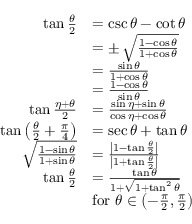
{ \begin{array} { r l } { \tan { \frac { \theta } { 2 } } } & { = \csc \theta - \cot \theta } \\ & { = \pm \, { \sqrt { \frac { 1 - \cos \theta } { 1 + \cos \theta } } } } \\ & { = { \frac { \sin \theta } { 1 + \cos \theta } } } \\ & { = { \frac { 1 - \cos \theta } { \sin \theta } } } \\ { \tan { \frac { \eta + \theta } { 2 } } } & { = { \frac { \sin \eta + \sin \theta } { \cos \eta + \cos \theta } } } \\ { \tan \left( { \frac { \theta } { 2 } } + { \frac { \pi } { 4 } } \right) } & { = \sec \theta + \tan \theta } \\ { { \sqrt { \frac { 1 - \sin \theta } { 1 + \sin \theta } } } } & { = { \frac { \left| 1 - \tan { \frac { \theta } { 2 } } \right| } { \left| 1 + \tan { \frac { \theta } { 2 } } \right| } } } \\ { \tan { \frac { \theta } { 2 } } } & { = { \frac { \tan \theta } { 1 + { \sqrt { 1 + \tan ^ { 2 } \theta } } } } } \\ & { { \mathrm { f o r ~ } } \theta \in \left( - { \frac { \pi } { 2 } } , { \frac { \pi } { 2 } } \right) } \end{array} }